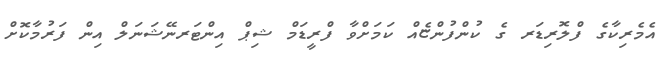
އެމެރިކާގެ ފްލޮރިޑަރ ގެ ކުންފުންޏެއް ކަމަށްވާ ފްރީޑަމް ޝިޕް އިންޓަރނޭޝަނަލް އިން ފަރުމާކޮށް